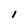
Character: 1